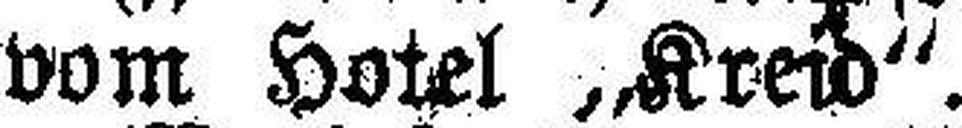
vom Hotel „Kreid“.